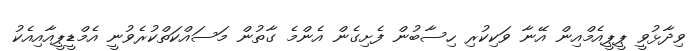
ވިދާޅުވީ ޕީޕީއެމްއިން އޭނާ ވަކިކުރި ހިސާބުން ފެށިގެން އެންމެ ގާތުން މަސައްކަތްކުރެވުނީ އެމްޑީޕީއާއިއެކު